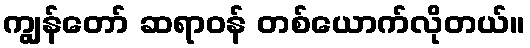
ကျွန်တော် ဆရာဝန် တစ်ယောက်လိုတယ်။